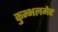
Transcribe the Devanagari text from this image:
कुम्भलमेर